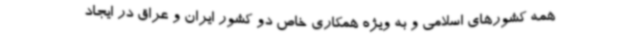
همه کشورهای اسلامی و به ویژه همکاری خاص دو کشور ایران و عراق در ایجاد